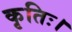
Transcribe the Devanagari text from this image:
कृतिः।